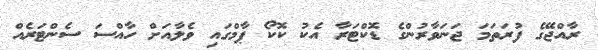
ރާއްޖޭގެ ފުރަތަމަ ޖަނަވާރުންގެ ޑޮކްޓަރާ އެކު ކޮކޯ ޕާމްގައި ވެލާއަށް ހާއްސަ ސެންޓަރެއް